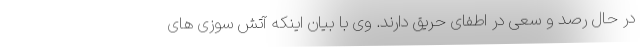
در حال رصد و سعی در اطفای حریق دارند. وی با بیان اینکه آتش سوزی های